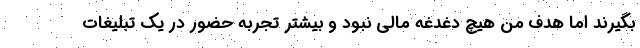
بگیرند اما هدف من هیچ دغدغه مالی نبود و بیشتر تجربه حضور در یک تبلیغات